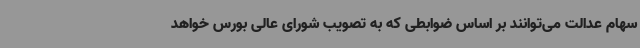
سهام عدالت می‌توانند بر اساس ضوابطی که به تصویب شورای عالی بورس خواهد